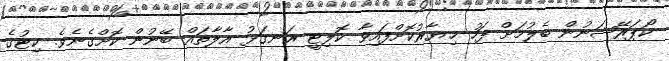
ކޯޕަރޭޝަނުން ބެލުމަށް ފަހު ޚިޔާރުކޮށްފައިވާ ކޮލިޓީ ރަނގަޅު އާލާތައް ބޭނުން ކޮށްގެނެވެ. ކިޓުގެ